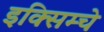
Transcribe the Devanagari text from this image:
इक्सिम्चे